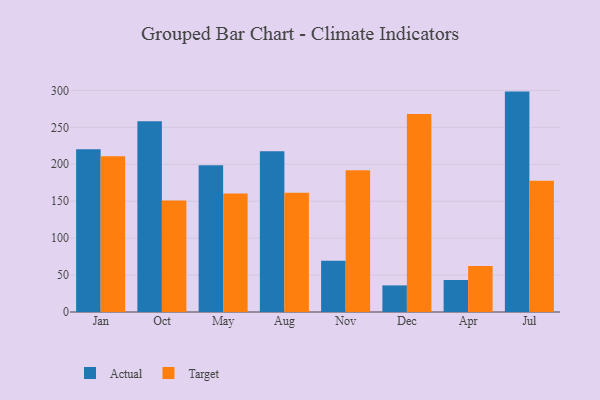
{"axis": {"x": "Month", "y": "Page Views"}, "legend": ["Actual", "Target"], "data": [{"x": "Jan", "y": 220.3, "type": "Actual"}, {"x": "Jan", "y": 210.9, "type": "Target"}, {"x": "Oct", "y": 258.2, "type": "Actual"}, {"x": "Oct", "y": 151.0, "type": "Target"}, {"x": "May", "y": 198.8, "type": "Actual"}, {"x": "May", "y": 160.6, "type": "Target"}, {"x": "Aug", "y": 217.7, "type": "Actual"}, {"x": "Aug", "y": 161.5, "type": "Target"}, {"x": "Nov", "y": 69.5, "type": "Actual"}, {"x": "Nov", "y": 191.9, "type": "Target"}, {"x": "Dec", "y": 36.0, "type": "Actual"}, {"x": "Dec", "y": 268.2, "type": "Target"}, {"x": "Apr", "y": 43.3, "type": "Actual"}, {"x": "Apr", "y": 62.4, "type": "Target"}, {"x": "Jul", "y": 298.4, "type": "Actual"}, {"x": "Jul", "y": 177.8, "type": "Target"}]}